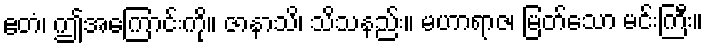
ဧတံ၊ ဤအကြောင်းကို။ ဇာနာသိ၊ သိသနည်း။ မဟာရာဇ၊ မြတ်သော မင်းကြီး။